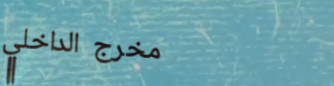
مخرج الداخلي